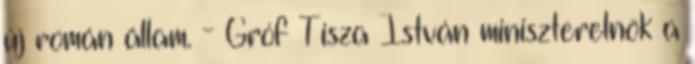
új román állam. - Gróf Tisza István miniszterelnök a